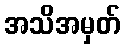
အသိအမှတ်